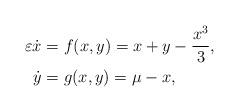
LaTeX: \begin{align*}\begin{aligned}\varepsilon \dot {x} & = f(x,y) = x + y - \dfrac{x^3}{3}, \\\dot{y} & = g(x,y) = \mu - x,\end{aligned}\end{align*}